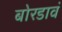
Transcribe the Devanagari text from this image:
बोरडावं